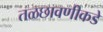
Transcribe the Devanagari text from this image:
तळछावणीकडे